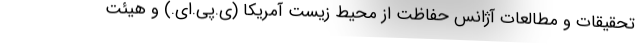
تحقیقات و مطالعات آژانس حفاظت از محیط زیست آمریکا (ی.پی.ای.) و هیئت